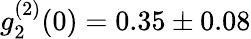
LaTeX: g_{2}^{(2)}(0)=0.35\pm 0.08